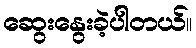
ဆွေးနွေးခဲ့ပါတယ်။